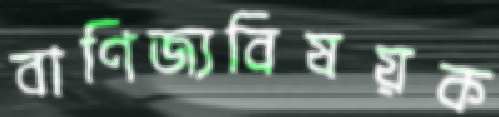
বাণিজ্যবিষয়ক